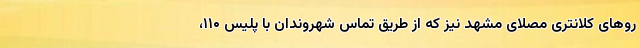
رو‌های کلانتری مصلای مشهد نیز که از طریق تماس شهروندان با پلیس ۱۱۰،